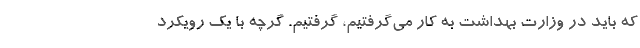
که باید در وزارت بهداشت به کار می‌گرفتیم، گرفتیم. گرچه با یک رویکرد